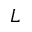
L